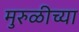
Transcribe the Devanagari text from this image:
मुरुळीच्या